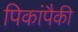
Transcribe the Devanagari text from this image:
पिकांपैकी